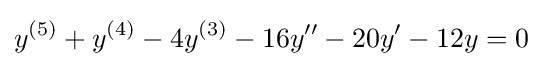
y^{(5)}+y^{(4)}-4y^{(3)}-16y''-20y'-12y=0